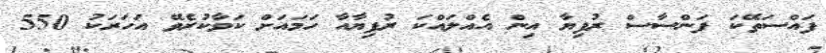
ފައްސަތޭކަ ފަންސާސް ރުފިޔާ އިން އެއްލައްކަ ރުފިޔާއާ ހަމައަށް ކަވާކުރެވޭ އަހަރަކު 550